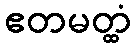
ဧတမတ္ထံ